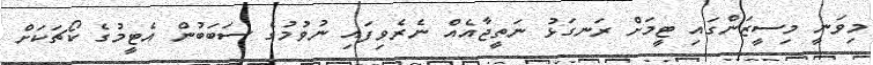
މިވަނީ މިސީޒަންގައި ޓީމަށް ރަނގަޅު ނަތީޖާއެއް ނެރެވިފައި ނުވުމުގެ ސަބަބުން އެޓީމުގެ ކޯޗަކަށް